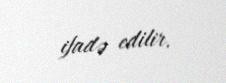
ifadə edilir.